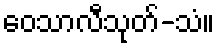
ဝေသာလီသုတ်-သံ။